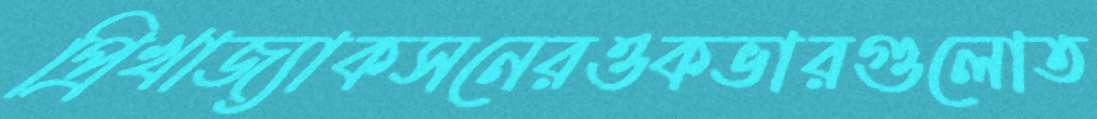
প্রিখাজ্যাকসনেরওকভারগুলোত